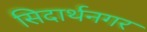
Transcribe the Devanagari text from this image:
सिदार्थनगर